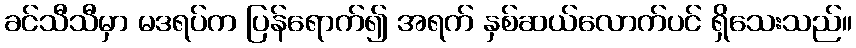
ခင်သီသီမှာ မဒရပ်က ပြန်ရောက်၍ အရက် နှစ်ဆယ်လောက်ပင် ရှိသေးသည်။